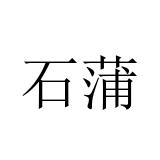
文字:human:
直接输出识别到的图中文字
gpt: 石蒲